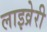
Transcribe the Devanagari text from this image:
लाइव्रेरी